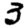
Digit: 3